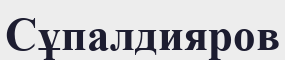
Сұпалдияров